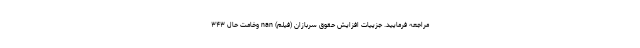
مراجعه فرمایید. جزییات افزایش حقوق سربازان (فیلم) nan وخامت حال ۳۴۳